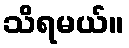
သိရမယ်။